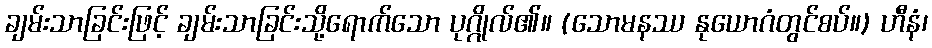
ချမ်းသာခြင်းဖြင့် ချမ်းသာခြင်းသို့ရောက်သော ပုဂ္ဂိုလ်၏။ (သောမနဿ နုယောဂံတွင်စပ်။) ဟီနံ၊